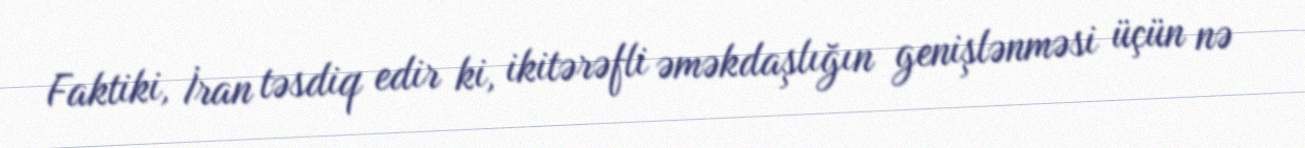
Faktiki, İran təsdiq edir ki, ikitərəfli əməkdaşlığın genişlənməsi üçün nə